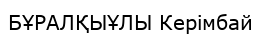
БҰРАЛҚЫҰЛЫ Керімбай